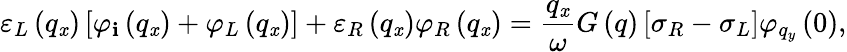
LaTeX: {{\varepsilon}_{L}}\left({{q}_{\mathit{x}}}\right)\left[{{\varphi}_{\mathbf{i}}}\left({{q}_{\mathit{x}}}\right)+{{\varphi}_{L}}\left({{q}_{\mathit{x}}}\right)\right]+{{\varepsilon}_{R}}\left({{q}_{\mathit{x}}}\right){{\varphi}_{R}}\left({{q}_{\mathit{x}}}\right)=\frac{{{{q}_{\mathit{x}}}}}{{\omega}}G\left(q\right)\left[{{\sigma}_{R}}-{{\sigma}_{L}}\right]{{\varphi}_{{{q}_{y}}}}\left(0\right),